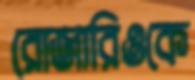
রোজারিওকে